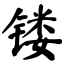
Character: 镂